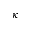
\kappa